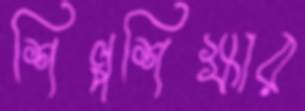
শিল্পশিক্ষার